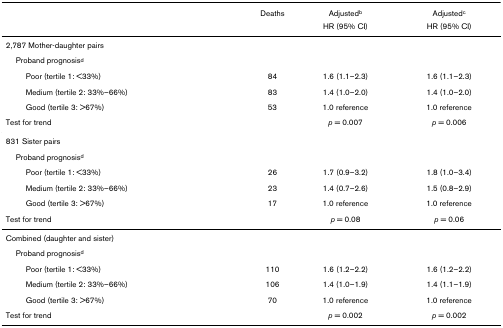
<table><thead><tr><td></td><td><b>Deaths</b></td><td><b>Adjusted<sup>b</sup></b></td><td><b>Adjusted<sup>c</sup></b></td></tr><tr><td></td><td></td><td><b>HR (95% CI)</b></td><td><b>HR (95% CI)</b></td></tr></thead><tbody><tr><td>2,787 Mother-daughter pairs</td><td></td><td></td><td></td></tr><tr><td> Proband prognosis<sup>d</sup></td><td></td><td></td><td></td></tr><tr><td>Poor (tertile 1: &lt;33%)</td><td>84</td><td>1.6 (1.1–2.3)</td><td>1.6 (1.1–2.3)</td></tr><tr><td>Medium (tertile 2: 33%–66%)</td><td>83</td><td>1.4 (1.0–2.0)</td><td>1.4 (1.0–2.0)</td></tr><tr><td>Good (tertile 3: &gt;67%)</td><td>53</td><td>1.0 reference</td><td>1.0 reference</td></tr><tr><td>Test for trend</td><td></td><td><i>p </i>= 0.007</td><td><i>p </i>= 0.006</td></tr><tr><td>831 Sister pairs</td><td></td><td></td><td></td></tr><tr><td> Proband prognosis<sup>d</sup></td><td></td><td></td><td></td></tr><tr><td>Poor (tertile 1: &lt;33%)</td><td>26</td><td>1.7 (0.9–3.2)</td><td>1.8 (1.0–3.4)</td></tr><tr><td>Medium (tertile 2: 33%–66%)</td><td>23</td><td>1.4 (0.7–2.6)</td><td>1.5 (0.8–2.9)</td></tr><tr><td>Good (tertile 3: &gt;67%)</td><td>17</td><td>1.0 reference</td><td>1.0 reference</td></tr><tr><td>Test for trend</td><td></td><td><i>p </i>= 0.08</td><td><i>p </i>= 0.06</td></tr><tr><td>Combined (daughter and sister)</td><td></td><td></td><td></td></tr><tr><td> Proband prognosis<sup>d</sup></td><td></td><td></td><td></td></tr><tr><td>Poor (tertile 1: &lt;33%)</td><td>110</td><td>1.6 (1.2–2.2)</td><td>1.6 (1.2–2.2)</td></tr><tr><td>Medium (tertile 2: 33%–66%)</td><td>106</td><td>1.4 (1.0–1.9)</td><td>1.4 (1.1–1.9)</td></tr><tr><td>Good (tertile 3: &gt;67%)</td><td>70</td><td>1.0 reference</td><td>1.0 reference</td></tr><tr><td>Test for trend</td><td></td><td><i>p </i>= 0.002</td><td><i>p </i>= 0.002</td></tr></tbody></table>